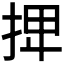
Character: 𢬽